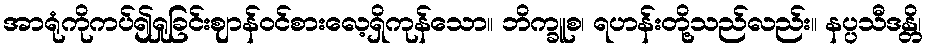
အာရုံကိုကပ်၍ရှုခြင်းဈာန်ဝင်စားလေ့ရှိကုန်သော။ ဘိက္ခူစ၊ ရဟန်းတို့သည်လည်း။ နပ္ပသီဒန္တိ၊